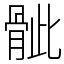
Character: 骴